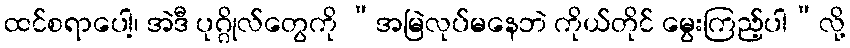
ထင်စရာပေါ့၊ အဲဒီ ပုဂ္ဂိုလ်တွေကို “အမြဲလုပ်မနေဘဲ ကိုယ်တိုင် မွေးကြည့်ပါ”လို့